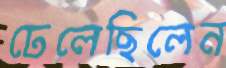
ঢেলেছিলেন